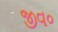
જીવ૦